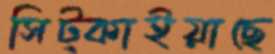
সিট্‌কাইয়াছে